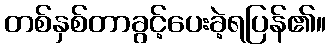
တစ်နှစ်တာခွင့်ပေးခဲ့ရပြန်၏။